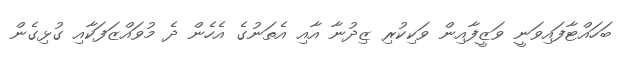
ބަހައްޓާފައިވަނީ ވަޒީފާއިން ވަކިކުރި ޒިދުނާ އާއި އެތަނުގެ އެހެން ދެ މުވައްޒަފަކާއި ގުޅިގެން